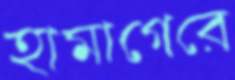
হামাগেরে